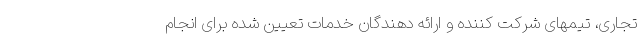
تجاری، تیمهای شرکت کننده و ارائه دهندگان خدمات تعیین شده برای انجام